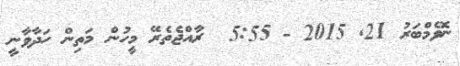
ނޮވެމްބަރު 21